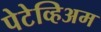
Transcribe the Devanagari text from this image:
पेटेव्हिअम